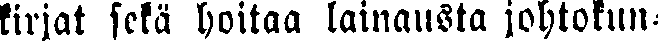
kirjat sekä hoitaa lainausta johtokun-